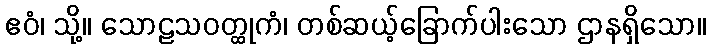
ဧဝံ၊ သို့။ သောဠသဝတ္ထုကံ၊ တစ်ဆယ့်ခြောက်ပါးသော ဌာနရှိသော။